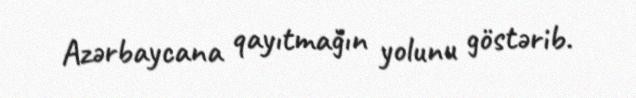
Azərbaycana qayıtmağın yolunu göstərib.